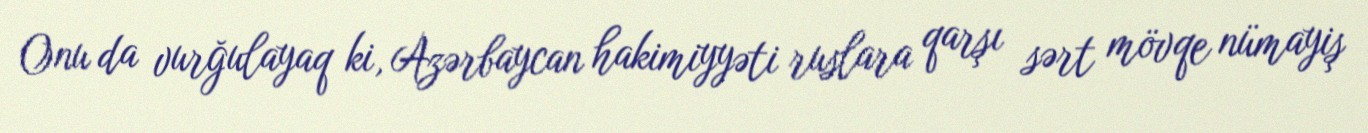
Onu da vurğulayaq ki, Azərbaycan hakimiyyəti ruslara qarşı sərt mövqe nümayiş